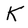
Character: K